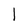
Character: l